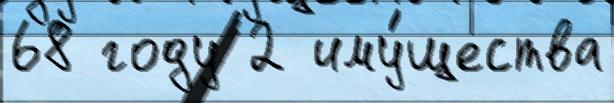
68 году 2 иму́щества